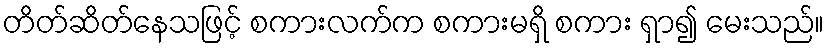
တိတ်ဆိတ်နေသဖြင့် စကားလက်က စကားမရှိ စကား ရှာ၍ မေးသည်။